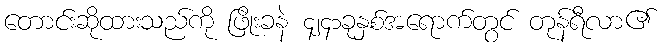
တောင်းဆိုထားသည်ကို ဖြိုးခနဲ ၄၂၄၁ခုနှစ်အရောက်တွင် တုန်ရီလာ၏